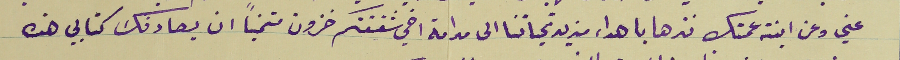
عني وعن ابنة عمتك نزها باهداء مزيد تحياتنا الى مدامة اخي شقيقتكم خزون متمنيًا ان يصادفك كتابي هذه